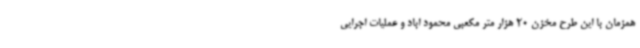
همزمان با این طرح مخزن 20 هزار متر مکعبی محمود اباد و عملیات اجرایی